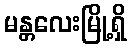
မန္တလေးမြို့ရှိ